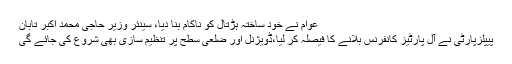
عوام نے خود ساختہ ہڑتال کو ناکام بنا دیا، سینئر وزیر حاجی محمد اکبر تابان
پیپلزپارٹی نے آل پارٹیز کانفرنس بلانے کا فیصلہ کر لیا،ڈویژنل اور ضلعی سطح پر تنظیم سازی بھی شروع کی جائے گی